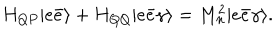
H _ { Q P } | e \bar { e } \rangle + H _ { Q Q } | e \bar { e } \gamma \rangle = M _ { n } ^ { 2 } | e \bar { e } \gamma \rangle .